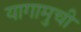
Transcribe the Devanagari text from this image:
यागामुची